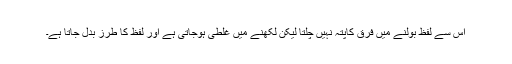
اس سے لفظ بولنے میں فرق کاپتہ نہیں چلتا لیکن لکھنے میں غلطی ہوجاتی ہے اور لفظ کا طرز بدل جاتا ہے۔